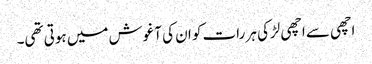
اچھی سے اچھی لڑکی ہر رات کو ان کی آغوش میں ہوتی تھی۔